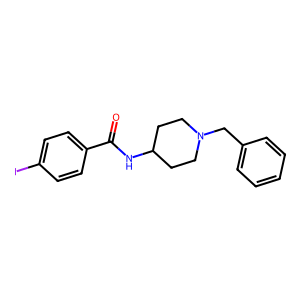
SMILES: O=C(NC1CCN(Cc2ccccc2)CC1)c1ccc(I)cc1
Inhibits HIV replication: No